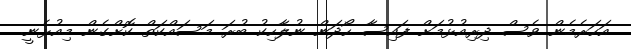
އަހަރެމެން ވެސް ދިރިއުޅުމަށް ފައިސާ ހޯދަން ނުލާހިކު ބުރަ މަސައްކަތް ކޮށްގެން މިއުޅެނީ.